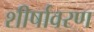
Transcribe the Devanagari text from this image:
शीर्षावरण